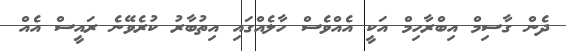
ދެން ގާސިމް އިބްރާހިމް އަކީ އެއްވެސް ހާލެއްގައި އިތުބާރު ކުރެވޭނެ ރައީސް އެއް